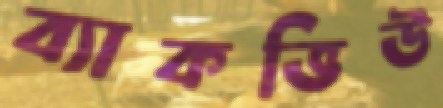
ব্যাকভিউ